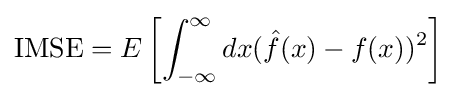
{\text{IMSE}}=E\left[\int _{-\infty }^{\infty }dx({\hat {f}}(x)-f(x))^{2}\right]